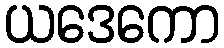
ယဒေကော